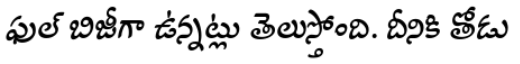
ఫుల్ బిజీగా ఉన్నట్లు తెలుస్తోంది. దీనికి తోడు